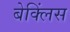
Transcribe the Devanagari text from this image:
बेक्लिंस